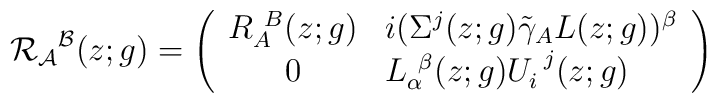
{\cal R}_{{\cal A}}{}^{{\cal B}}(z;g)=\left(\begin{array}{cl}R_{A}^{~B}(z;g)&i(\Sigma^{j}(z;g)\tilde{\gamma}_{A}L(z;g))^{\beta}\\0&L_{\alpha}^{~\beta}(z;g)U_{i}^{~j}(z;g)\end{array}\right)